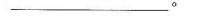
___